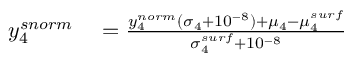
\begin{array} { r l } { y _ { 4 } ^ { s n o r m } } & { { } = \frac { y _ { 4 } ^ { n o r m } ( \sigma _ { 4 } + 1 0 ^ { - 8 } ) + \mu _ { 4 } - \mu _ { 4 } ^ { s u r f } } { \sigma _ { 4 } ^ { s u r f } + 1 0 ^ { - 8 } } } \end{array}